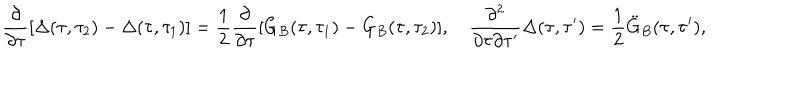
LaTeX: \frac { \partial } { \partial \tau } [ \Delta ( \tau , \tau _ { 2 } ) - \Delta ( \tau , \tau _ { 1 } ) ] = { \frac { 1 } { 2 } } \frac { \partial } { \partial \tau } [ G _ { B } ( \tau , \tau _ { 1 } ) - G _ { B } ( \tau , \tau _ { 2 } ) ] , \quad \frac { \partial ^ { 2 } } { \partial \tau \partial \tau ^ { \prime } } \Delta ( \tau , \tau ^ { \prime } ) = { \frac { 1 } { 2 } } \ddot { G } _ { B } ( \tau , \tau ^ { \prime } ) ,